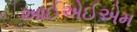
આઈએઈએમ